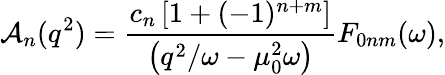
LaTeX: {\cal A}_{n}(q^{2})=\frac{c_{n}\left[1+(-1)^{n+m}\right]}{\left(q^{2}/\omega-\mu_{0}^{2}\omega\right)}F_{0nm}(\omega),